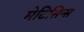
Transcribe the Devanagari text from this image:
मेटिसिन्स